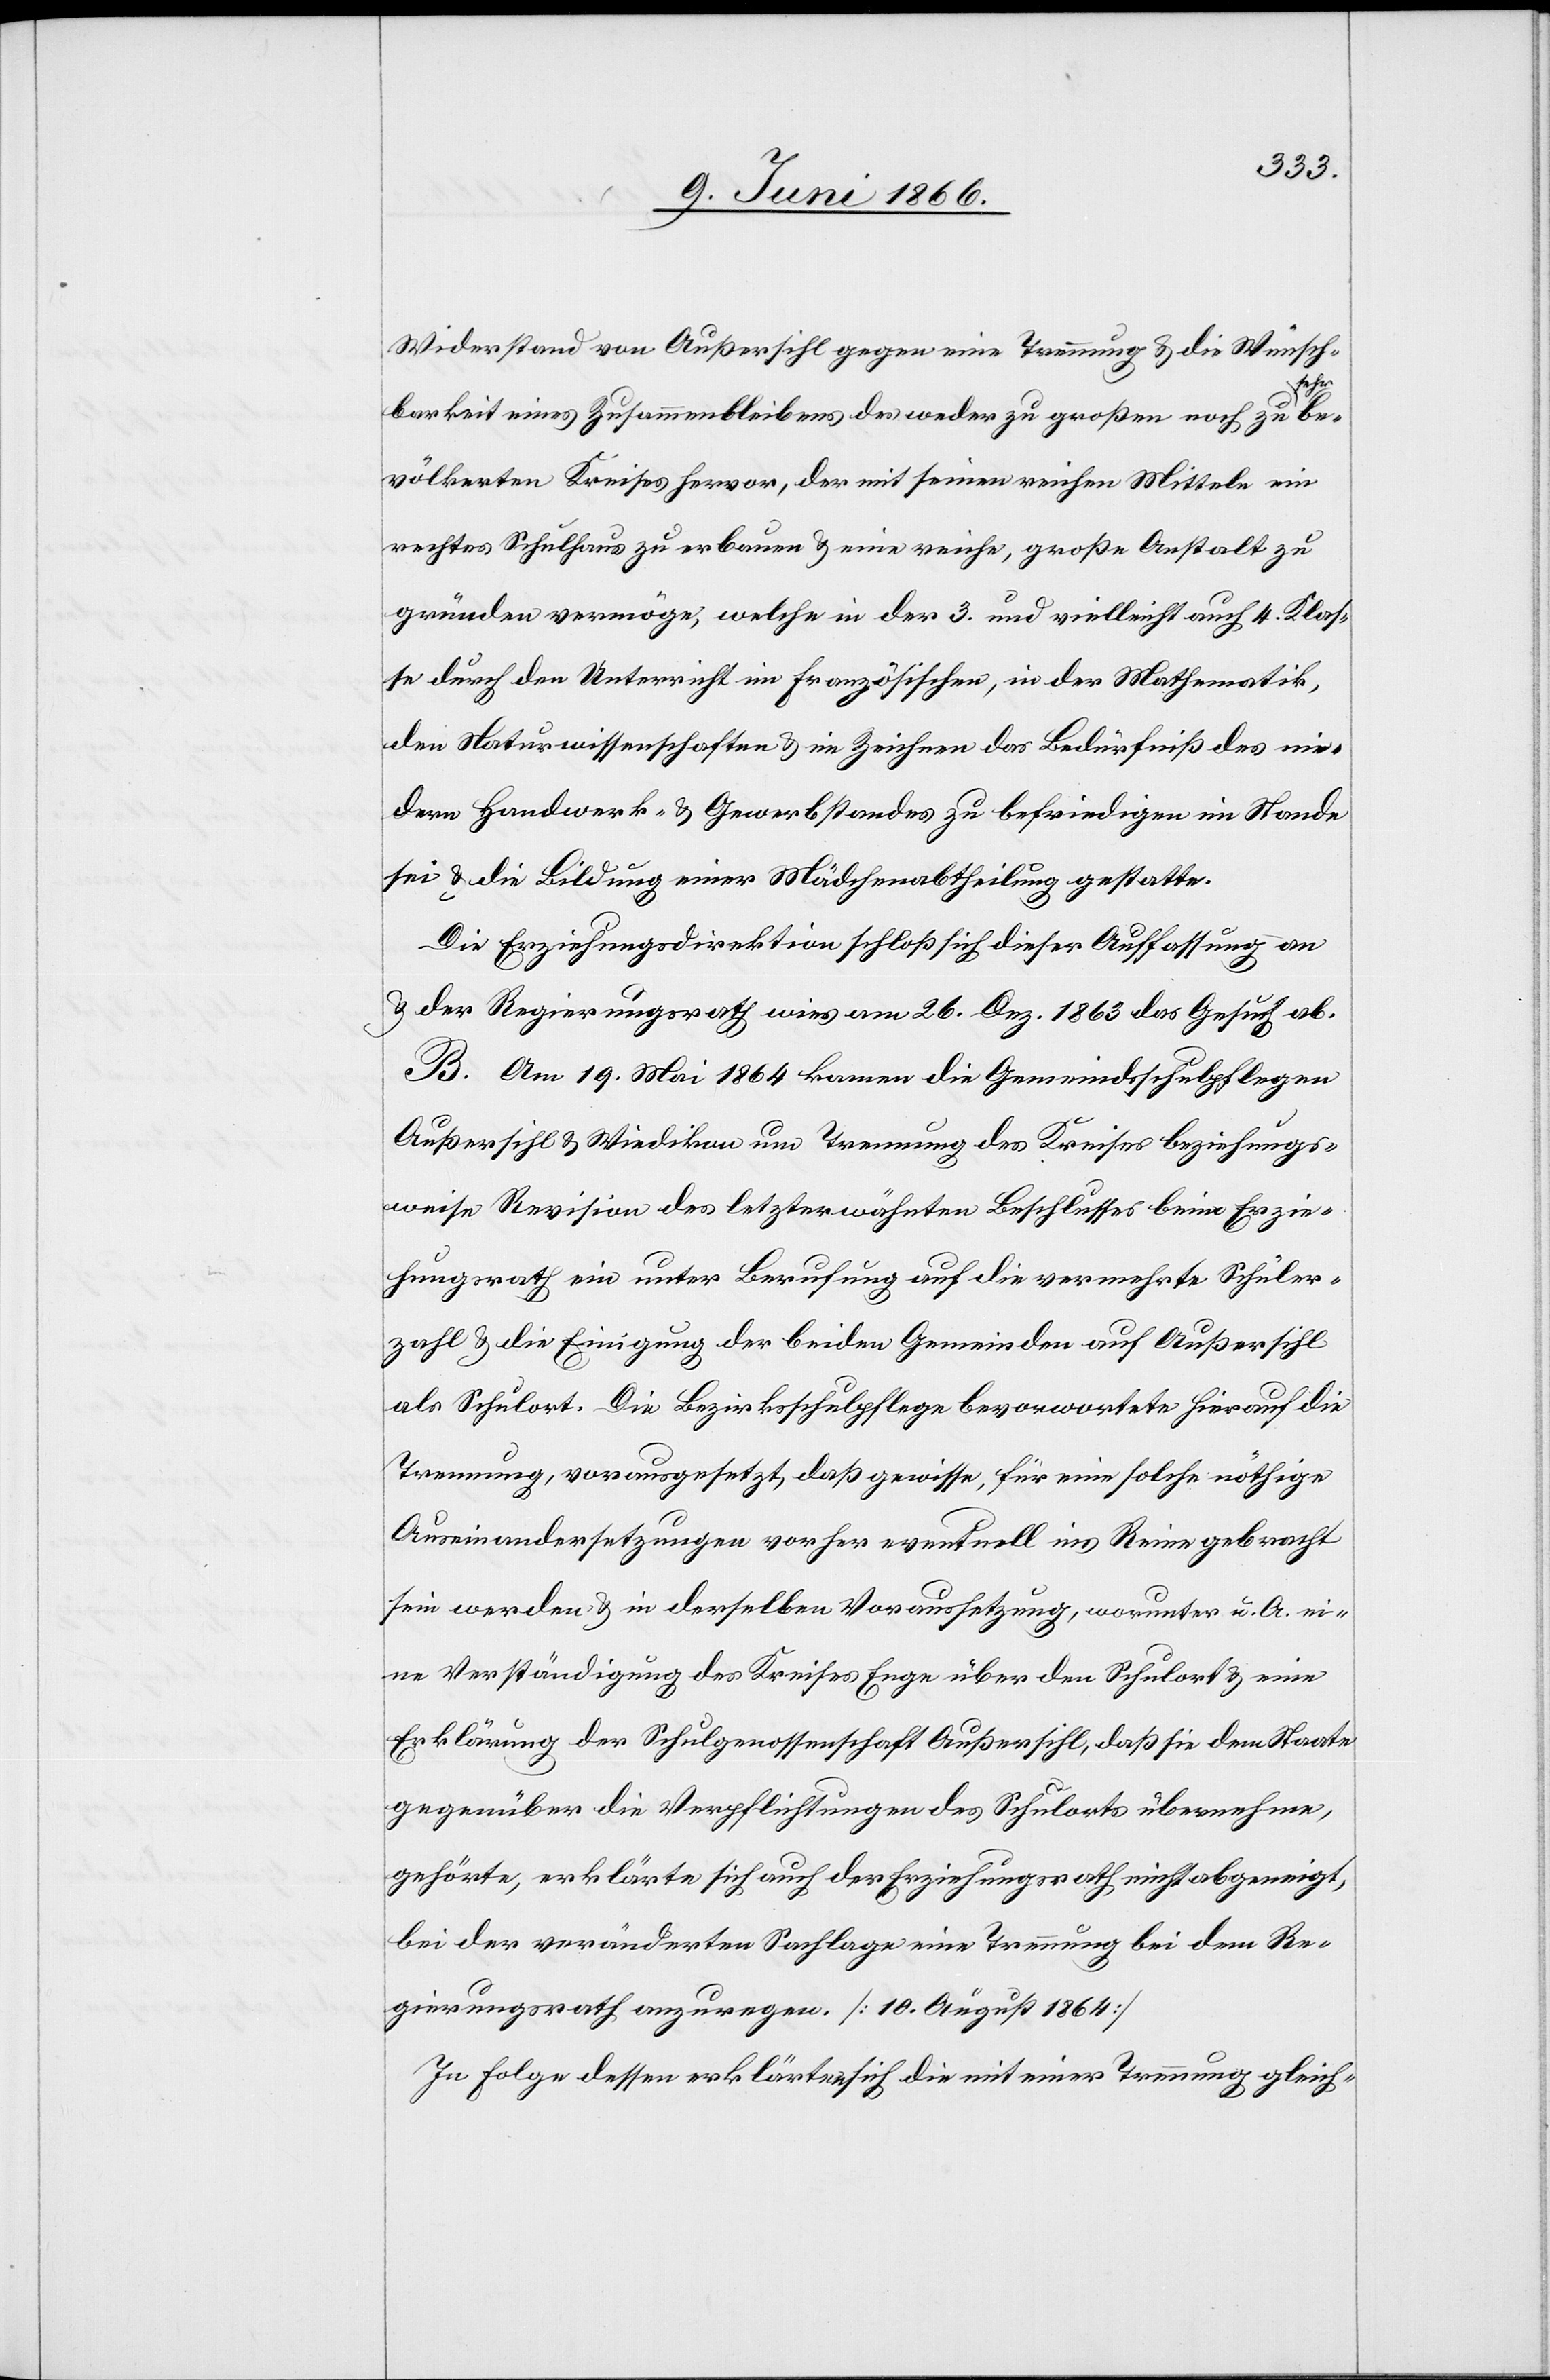
Wünsch¬
barkeit eines Zusammenbleibens des weder zu großen noch zu
bevölkerten Kreises hervor, der mit seinen reichen Mitteln ein
rechtes Schulhaus zu erbauen u. eine reiche, große Anstalt zu
gründen vermöge, welche in der 3. und vielleicht auch 4. Klas¬
se durch den Unterricht im Französischen, in der Mathematik,
den Naturwissenschaften u. im Zeichnen das Bedürfniß des nie¬
dern Handwerk- u. Gewerbstandes zu befriedigen im Stande
sei u. die Bildung einer Mädchenabtheilung gestatte.
Die Erziehungsdirektion schloß sich dieser Auffassung an
u. der Regierungsrath wies am 26. Dez. 1863 das Gesuch ab.
B. Am 19. Mai 1864 kamen die Gemeindschulpflegen
Außersihl u. Wiedikon um Trennung des Kreises beziehungs¬
weise Revision des letzterwähnten Beschlusses beim Erzie¬
hungsrath ein unter Berufung auf die vermehrte Schüler¬
zahl u. die Einigung der beiden Gemeinden auf Außersihl
als Schulort. Die Bezirksschulpflege bevorwortete [sic!] hierauf die
Trennung, vorausgesetzt, daß gewisse, für eine solche nöthige
Auseinandersetzungen vorher eventuell ins Reine gebracht
sein werden u. in derselben Voraussetzung, worunter u. A. ei¬
ne Verständigung des Kreises Enge über den Schulort u. eine
Erklärung der Schulgenossenschaft Außersihl, daß sie dem Staate
gegenüber die Verpflichtung des Schulorts übernehme,
gehörte, erklärte sich auch der Erziehungsrath nicht abgeneigt,
bei der veränderten Sachlage eine Trennung bei dem Re¬
gierungsrath anzuregen. [10. August 1864].
In Folge dessen erklärten sich die mit einer Trennung gleich-